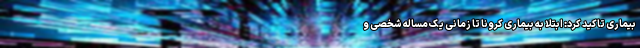
بیماری تاکید کرد: ابتلا به بیماری کرونا تا زمانی یک مساله شخصی و